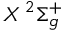
X \, ^ { 2 } \Sigma _ { g } ^ { + }